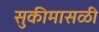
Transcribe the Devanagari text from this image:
सुकीमासळी